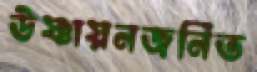
উষ্ণায়নজনিত